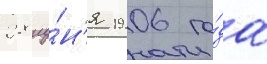
28 иу́н'я 1906 го́да